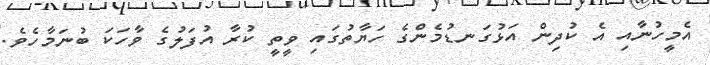
އެމީހުނާއި އެ ކުދިން އަޅުގަނޑުމެންގެ ހަޔާތުގައި ވީތީ ކުރާ އުފަލުގެ ވާހަކަ ބުނަމާހެވެ.